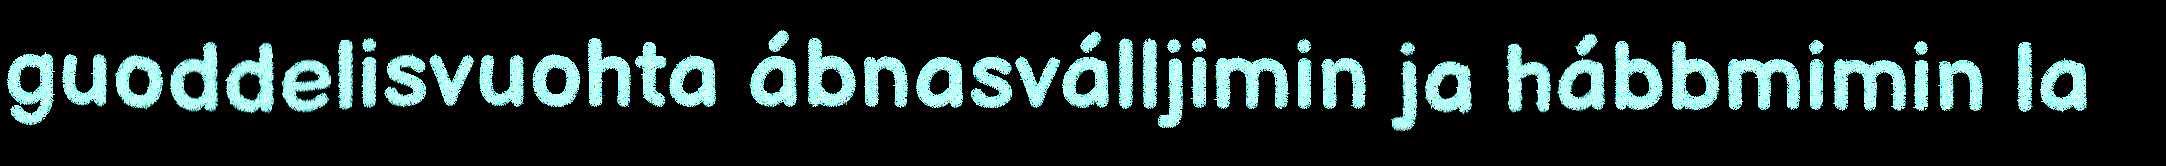
guoddelisvuohta ábnasválljimin ja hábbmimin la